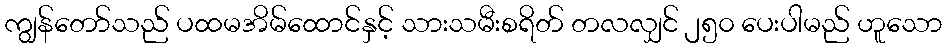
ကျွန်တော်သည် ပထမအိမ်ထောင်နှင့် သားသမီးစရိတ် တလလျှင် ၂၅၀ ပေးပါမည် ဟူသော